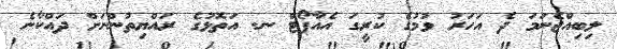
ލިބިއްޖެނަމަ ދެ އަހަރު ވުމުގެ ކުރީގަ އެއާޕޯޓް ނ. އަތޮޅުގެ ރައްޔިތުންނަށް ދައްކާނެ